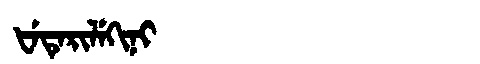
Manchu: ᡶᡝᡨᡝᡵᡳᠯᡝᡴᡳᠨᡳ
Romanization: FETERILEKINI